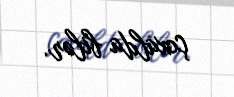
çoxalda bilər.